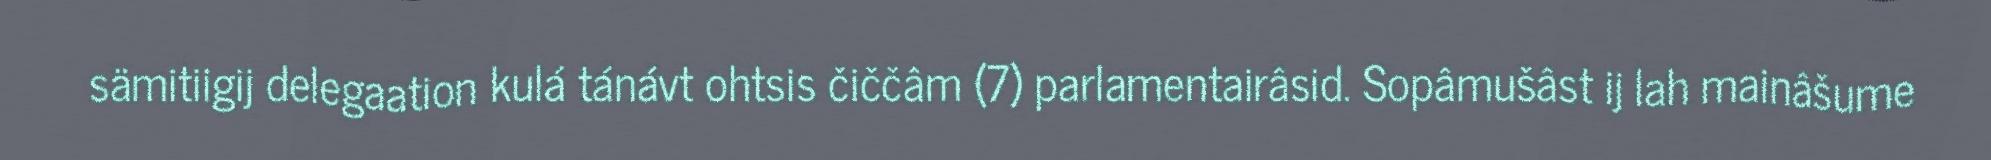
sämitiigij delegaation kulá tánávt ohtsis čiččâm (7) parlamentairâsid. Sopâmušâst ij lah mainâšume